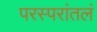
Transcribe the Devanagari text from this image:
परस्परांतलं